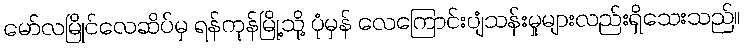
မော်လမြိုင်လေဆိပ်မှ ရန်ကုန်မြို့သို့ ပုံမှန် လေကြောင်းပျံသန်းမှုများလည်းရှိသေးသည်။